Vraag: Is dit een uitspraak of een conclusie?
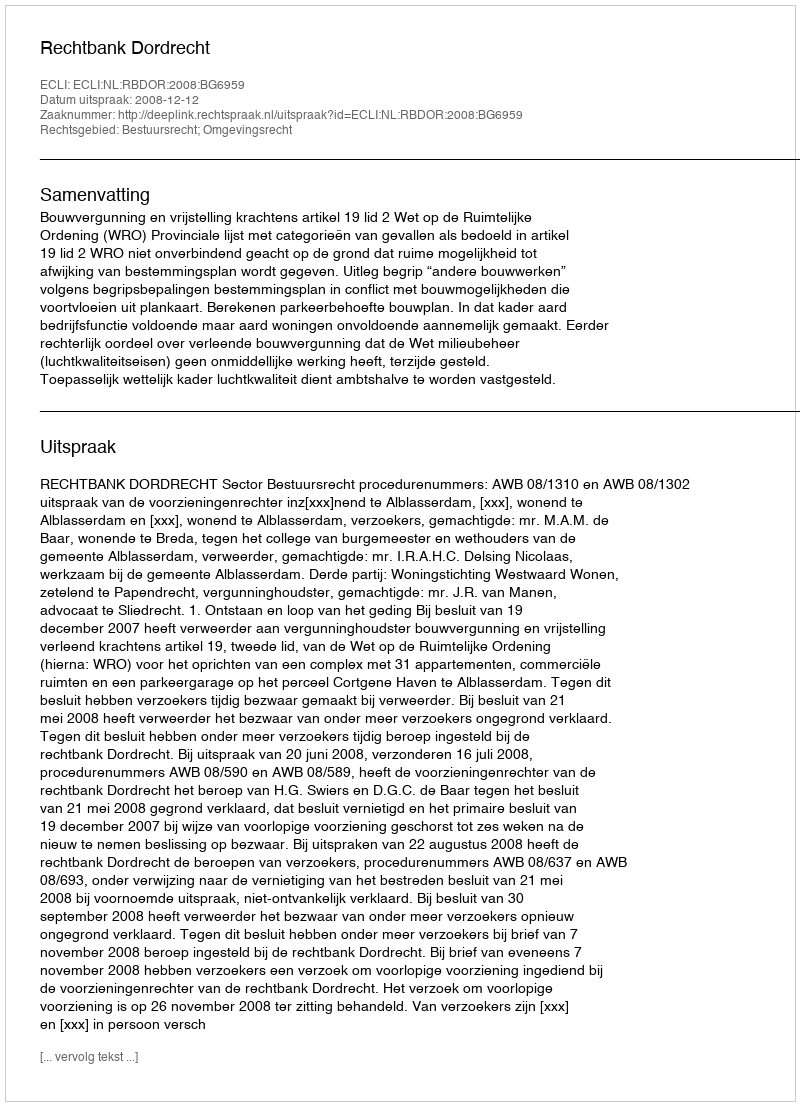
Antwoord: Uitspraak